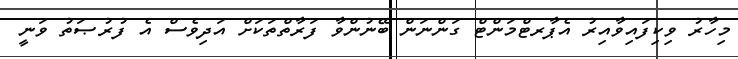
މިހާރު ވިކިފައިވާއިރު އެޕާރޓްމަންޓް ގަންނަން ބޭނުންވާ ފަރާތްތަކަށް އަދިވެސް އެ ފުރުޞަތު ވަނީ